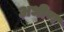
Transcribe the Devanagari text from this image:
अधीण